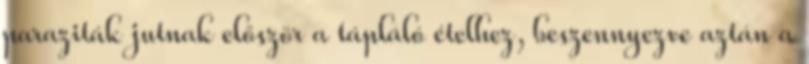
paraziták jutnak először a tápláló ételhez, beszennyezve aztán a